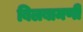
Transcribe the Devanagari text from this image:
बिलबामणी